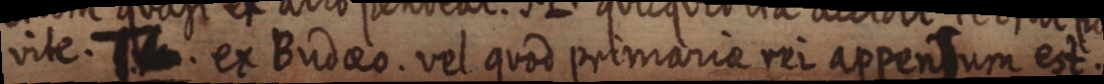
vite. T. ex Budaeo. vel quod promaria rei appensum est.